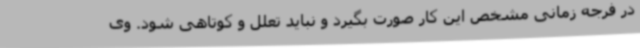
در فرجه زمانی مشخص این کار صورت بگیرد و نباید تعلل و کوتاهی شود. وی